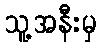
သူ့အနီးမှ